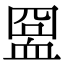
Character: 𧖸